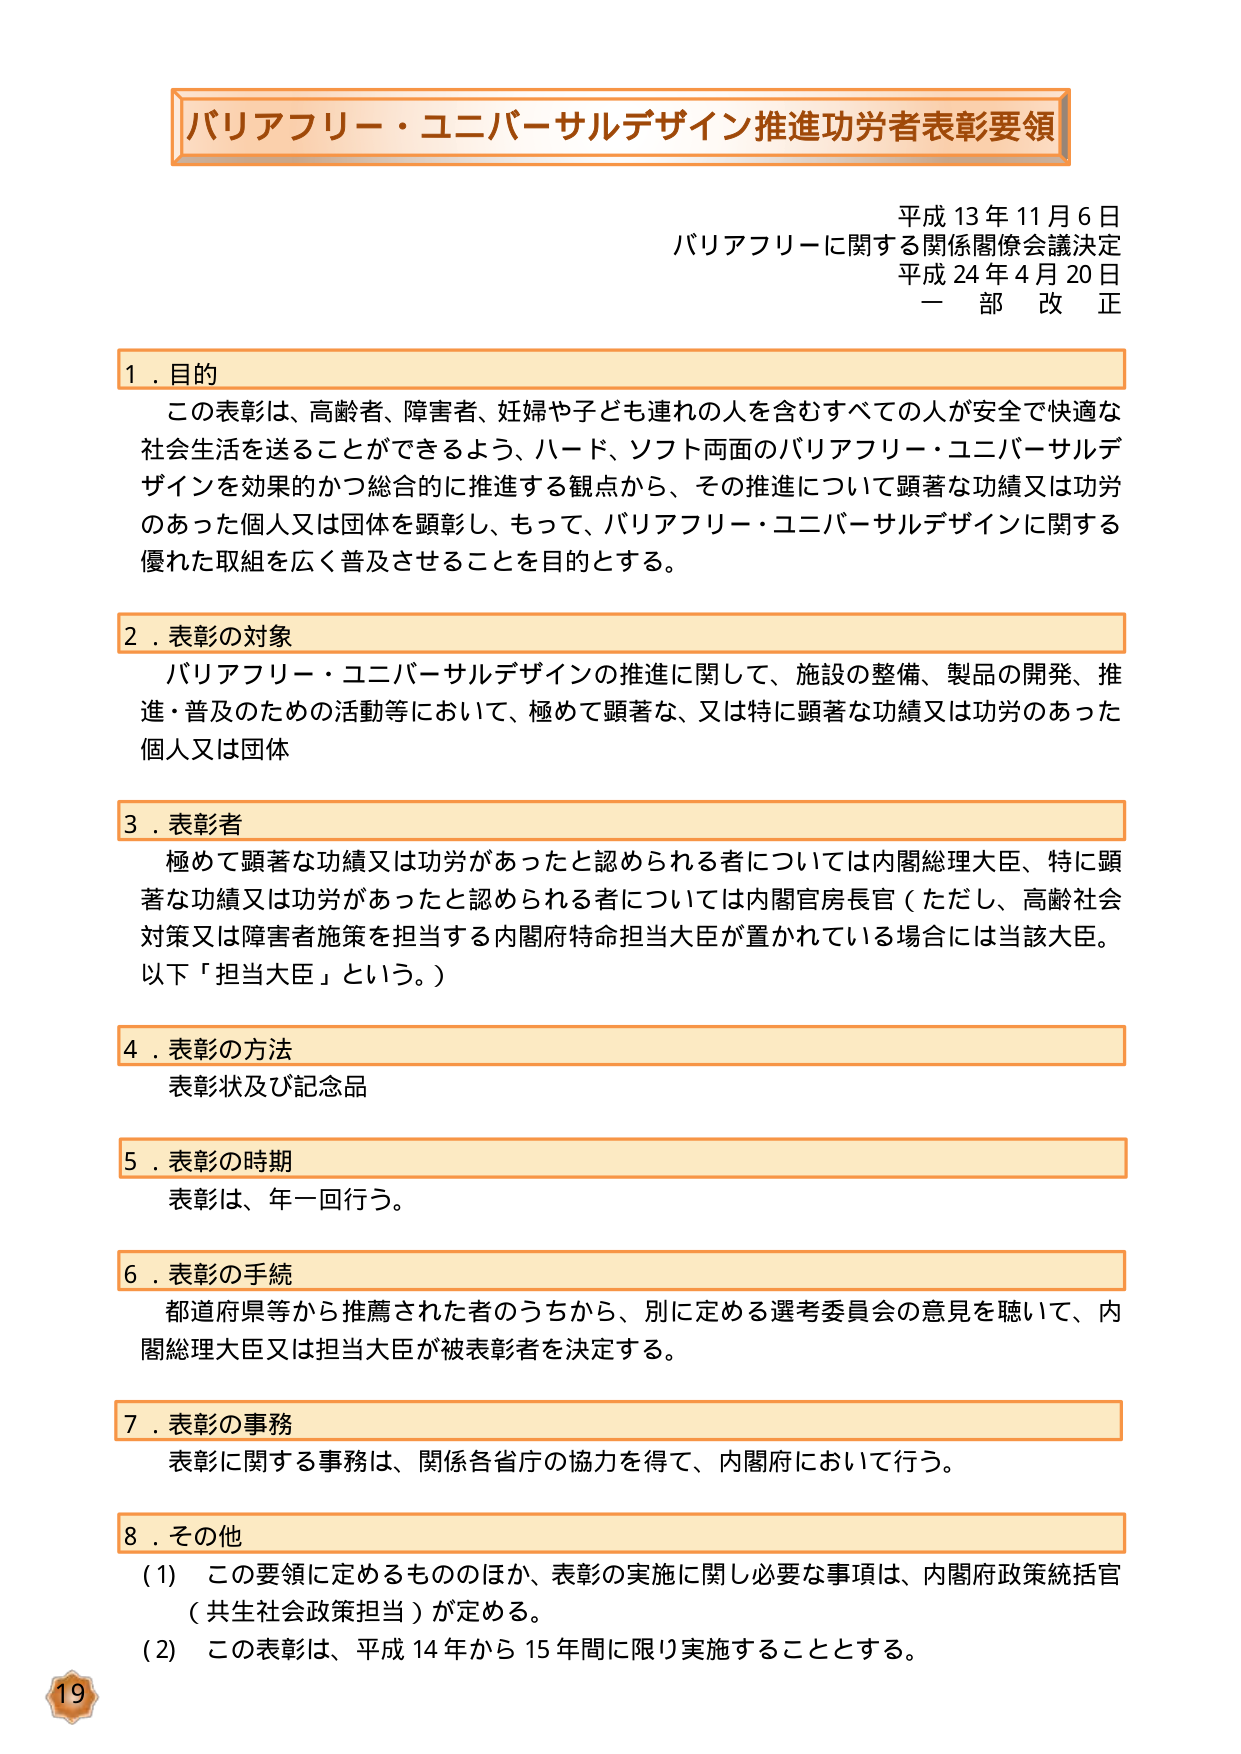
バリアフリー・ユニバーサルデザイン推進功労者表彰要領

平成13年11月6日
バリアフリーに関する関係閣僚会議決定
平成24年4月20日
一部改正

1．目的
この表彰は、高齢者、障害者、妊婦や子ども連れの人を含むすべての人が安全で快適な社会生活を送ることができるよう、ハード、ソフト両面のバリアフリー・ユニバーサルデザインを効果的かつ総合的に推進する観点から、その推進について顕著な功績又は功労のあった個人又は団体を顕彰し、もって、バリアフリー・ユニバーサルデザインに関する優れた取組を広く普及させることを目的とする。

2．表彰の対象
バリアフリー・ユニバーサルデザインの推進に関して、施設の整備、製品の開発、推進・普及のための活動等において、極めて顕著な、又は特に顕著な功績又は功労のあった個人又は団体

3．表彰者
極めて顕著な功績又は功労があったと認められる者については内閣総理大臣、特に顕著な功績又は功労があったと認められる者については内閣官房長官（ただし、高齢社会対策又は障害者施策を担当する内閣府特命担当大臣が置かれている場合には当該大臣。以下「担当大臣」という。）

4．表彰の方法
表彰状及び記念品

5．表彰の時期
表彰は、年一回行う。

6．表彰の手続
都道府県等から推薦された者のうちから、別に定める選考委員会の意見を聴いて、内閣総理大臣又は担当大臣が被表彰者を決定する。

7．表彰の事務
表彰に関する事務は、関係各省庁の協力を得て、内閣府において行う。

8．その他
(1) この要領に定めるもののほか、表彰の実施に関し必要な事項は、内閣府政策統括官（共生社会政策担当）が定める。
(2) この表彰は、平成14年から15年間に限り実施することとする。

19